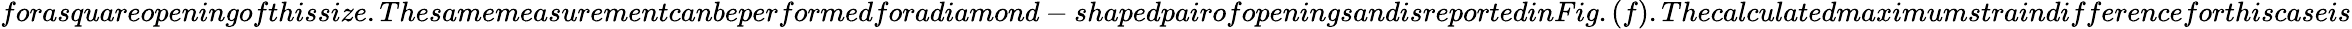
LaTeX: forasquareopeningofthissize.Thesamemeasurementcanbeperformedforadiamond-shapedpairofopeningsandisreportedinFig.(f).Thecalculatedmaximumstraindifferenceforthiscaseis